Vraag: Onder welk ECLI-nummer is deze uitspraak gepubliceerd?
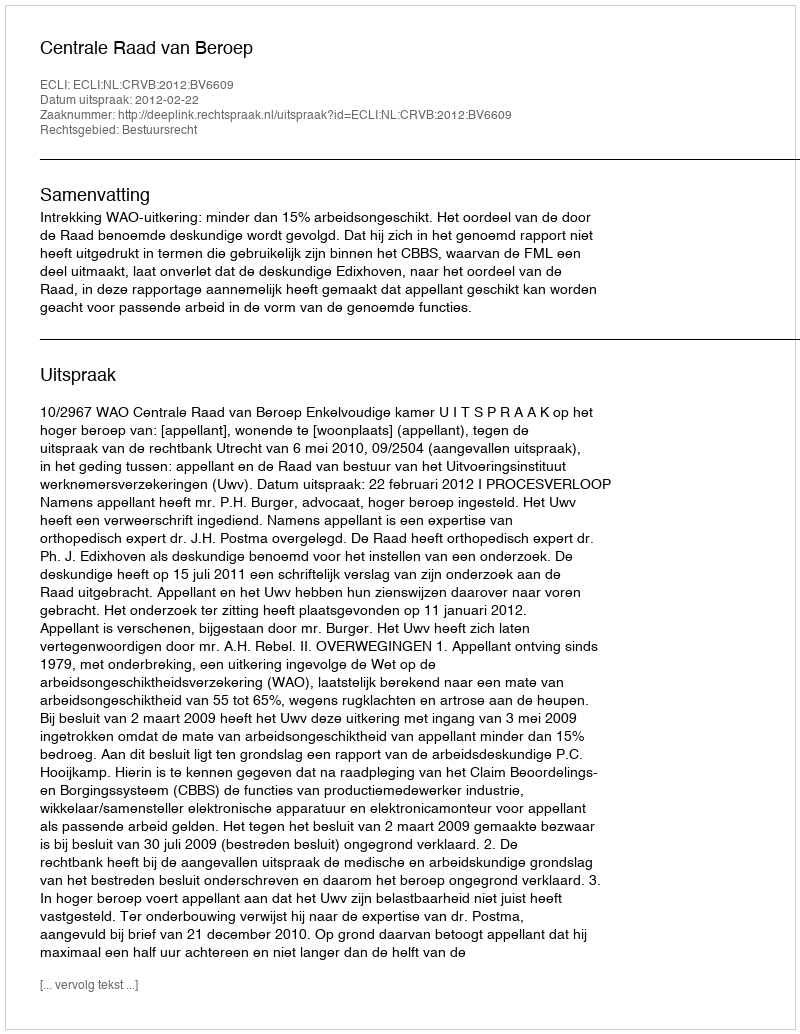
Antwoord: ECLI:NL:CRVB:2012:BV6609